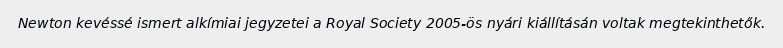
Newton kevéssé ismert alkímiai jegyzetei a Royal Society 2005-ös nyári kiállításán voltak megtekinthetők.